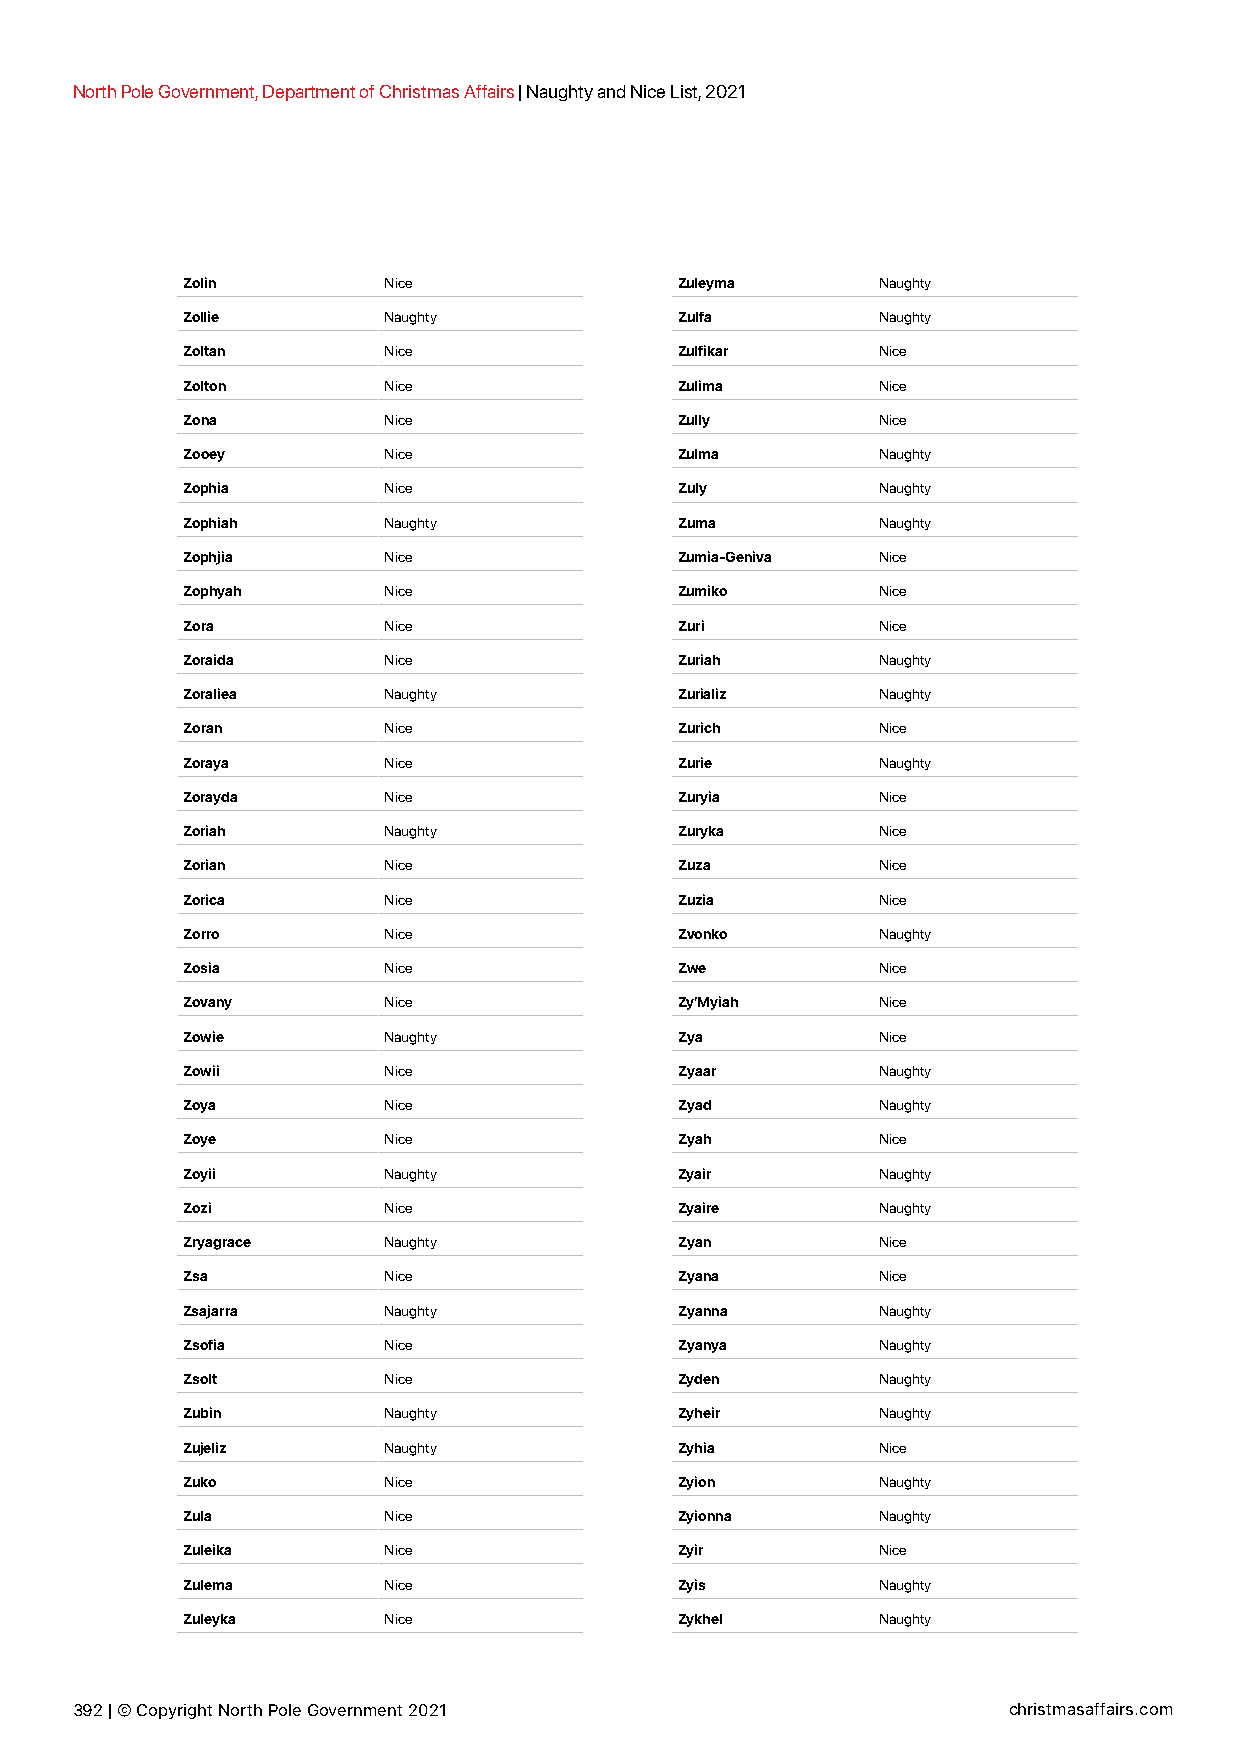
North Pole Government, Department of Christmas Affairs | Naughty and Nice List, 2021
 Zolin        Nice                Zuleyma      Naughty
 Zollie       Naughty             Zulfa        Naughty
 Zoltan       Nice                Zulfikar     Nice
 Zolton       Nice                Zulima       Nice
 Zona         Nice                Zully        Nice
 Zooey        Nice                Zulma        Naughty
 Zophia       Nice                Zuly         Naughty
 Zophiah      Naughty             Zuma         Naughty
 Zophjia      Nice                Zumia-Geniva Nice
 Zophyah      Nice                Zumiko       Nice
 Zora         Nice                Zuri         Nice
 Zoraida      Nice                Zuriah       Naughty
 Zoraliea     Naughty             Zurializ     Naughty
 Zoran        Nice                Zurich       Nice
 Zoraya       Nice                Zurie        Naughty
 Zorayda      Nice                Zuryia       Nice
 Zoriah       Naughty             Zuryka       Nice
 Zorian       Nice                Zuza         Nice
 Zorica       Nice                Zuzia        Nice
 Zorro        Nice                Zvonko       Naughty
 Zosia        Nice                Zwe          Nice
 Zovany       Nice                Zy’Myiah     Nice
 Zowie        Naughty             Zya          Nice
 Zowii        Nice                Zyaar        Naughty
 Zoya         Nice                Zyad         Naughty
 Zoye         Nice                Zyah         Nice
 Zoyii        Naughty             Zyair        Naughty
 Zozi         Nice                Zyaire       Naughty
 Zryagrace    Naughty             Zyan         Nice
 Zsa          Nice                Zyana        Nice
 Zsajarra     Naughty             Zyanna       Naughty
 Zsofia       Nice                Zyanya       Naughty
 Zsolt        Nice                Zyden        Naughty
 Zubin        Naughty             Zyheir       Naughty
 Zujeliz      Naughty             Zyhia        Nice
 Zuko         Nice                Zyion        Naughty
 Zula         Nice                Zyionna      Naughty
 Zuleika      Nice                Zyir         Nice
 Zulema       Nice                Zyis         Naughty
 Zuleyka      Nice                Zykhel       Naughty
 392 | © Copyright North Pole Government 2021                  christmasaffairs.com